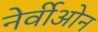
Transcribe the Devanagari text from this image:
नेर्वीओन